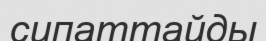
сипаттайды